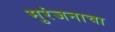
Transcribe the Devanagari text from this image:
मुरंजनाचा